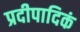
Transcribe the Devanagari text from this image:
प्रदीपादिकं